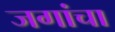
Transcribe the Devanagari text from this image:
जगांचा